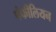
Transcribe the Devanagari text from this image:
पंफीलियन